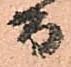
而